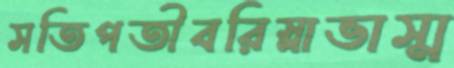
সতিপতীবরিস্লাভাস্ম